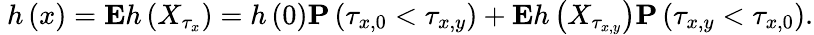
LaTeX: \mathrm{~}h\left(x\right)={\mathbf E}h\left(X_{\tau_{x}}\right)=h\left(0\right){\mathbf P}\left(\tau_{x,0}<\tau_{x,y}\right)+{\mathbf E}h\left(X_{\tau_{x,y}}\right){\mathbf P}\left(\tau_{x,y}<\tau_{x,0}\right).